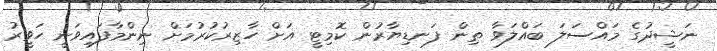
ނަޝީދުގެ މައްސަލަ ބައްލަވާ ތިން ފަނޑިޔާރުން ކޮމިޓީ އަށް ހާޒިރުކުރުމަށް ނިންމާފައިވަނީ ހަވީރު